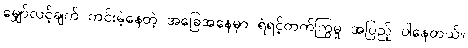
မျှော်လင့်ချက် ကင်းမဲ့နေတဲ့ အခြေအနေမှာ ရဲရင့်တက်ကြွမှု အပြည့် ပါနေတယ်။